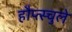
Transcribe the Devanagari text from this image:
हौप्त्स्चुले